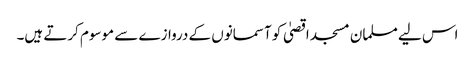
اس لیے مسلمان مسجد اقصیٰ کو آسمانوں کے دروازے سے موسوم کرتے ہیں۔